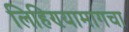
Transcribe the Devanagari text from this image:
लिहिण्यामागचा